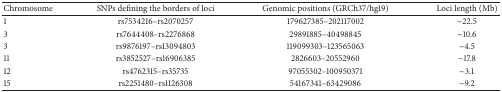
<table><thead><tr><td><b>Chromosome</b></td><td><b>SNPs defining the borders of loci</b></td><td><b>Genomic positions (GRCh37/hg19)</b></td><td><b>Loci length (Mb)</b></td></tr></thead><tbody><tr><td>1</td><td>rs7534216–rs2070257</td><td>179627385–202117002</td><td>~22.5</td></tr><tr><td>3</td><td>rs7644408–rs2276868</td><td>29891885–40498845</td><td>~10.6</td></tr><tr><td>3</td><td>rs9876197–rs13094803</td><td>119099303–123565063</td><td>~4.5</td></tr><tr><td>11</td><td>rs3852527–rs16906385</td><td>2826603–20552960</td><td>~17.8</td></tr><tr><td>12</td><td>rs4762315–rs35735</td><td>97055302–100950371</td><td>~3.1</td></tr><tr><td>15</td><td>rs2251480–rs1126308</td><td>54167341–63429086</td><td>~9.2</td></tr></tbody></table>